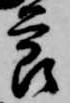
節